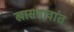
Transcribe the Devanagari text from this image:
खासगावांत